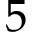
5